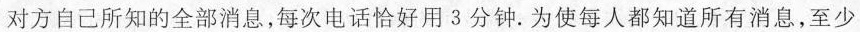
对方自己所知的全部消息，每次电话恰好用3分钟。为使每人都知道所有消息，至少